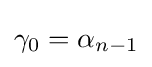
\gamma _{0}=\alpha _{n-1}